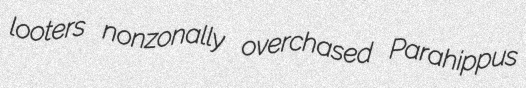
looters nonzonally overchased Parahippus